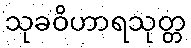
သုခဝိဟာရသုတ္တ